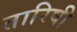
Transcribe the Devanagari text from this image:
तारिषी